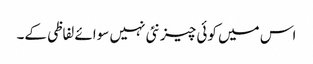
اس میں کوئی چیز نئی نہیں سوائے لفاظی کے۔